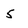
Character: 5